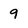
Character: 9